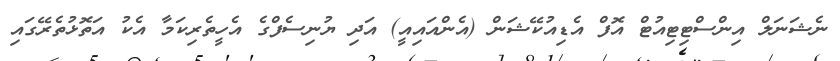
ނެޝަނަލް އިންސްޓިޓިއުޓް އޮފް އެޑިއުކޭޝަން (އެންއައިއީ) އަދި ޔުނިސެފްގެ އެހީތެރިކަމާ އެކު އަތޮޅުތެރޭގައި